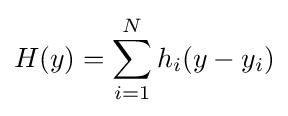
H(y)=\sum _{i=1}^{N}h_{i}(y-y_{i})